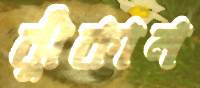
ঝুঁকান